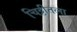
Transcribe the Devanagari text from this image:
चिठ्ठीतला